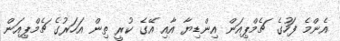
އެންމެ ފަހުގެ ޗެމްޕިއަން އިންޑިޔާ އާއި އޭގެ ކުރީ ތިން އަހަރުގެ ޗެމްޕިއަން